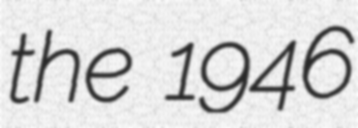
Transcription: the 1946